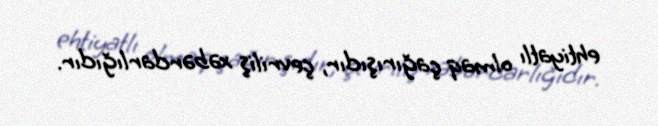
ehtiyatlı olmaq çağırışıdır, çevriliş xəbərdarlığıdır.